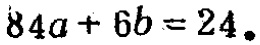
\(84a + 6b = 24\)